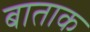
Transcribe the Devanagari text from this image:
बाताक